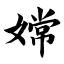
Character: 嫦